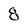
Character: 8